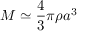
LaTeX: M \simeq { \frac { 4 } { 3 } } \pi \rho a ^ { 3 }